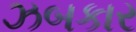
ઝબકાર